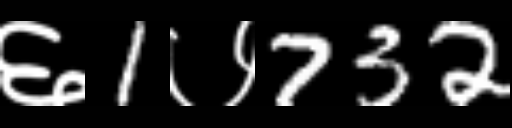
Text: ६1७732